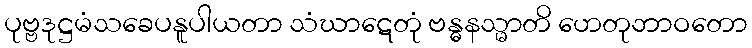
ပုဗ္ဗဒုဋ္ဌမံသခေပနူပါယတာ သံဃာဋေတုံ ဗန္ဓနသ္မာတိ ဟေတုဘာဝတော